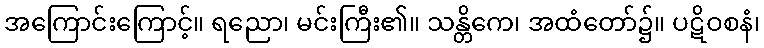
အကြောင်းကြောင့်။ ရညော၊ မင်းကြီး၏။ သန္တိကေ၊ အထံတော်၌။ ပဋိဝစနံ၊